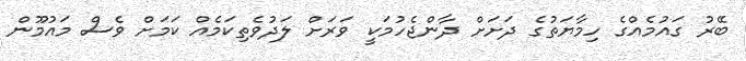
ބޭރު ގައުމެއްގެ ހިމާޔަތުގެ ދަށަށް ދާންޖެހުމަކީ ވަރަށް ލަދުވެތިކަމެއް ކަމަށް ވެސް މައުމޫން